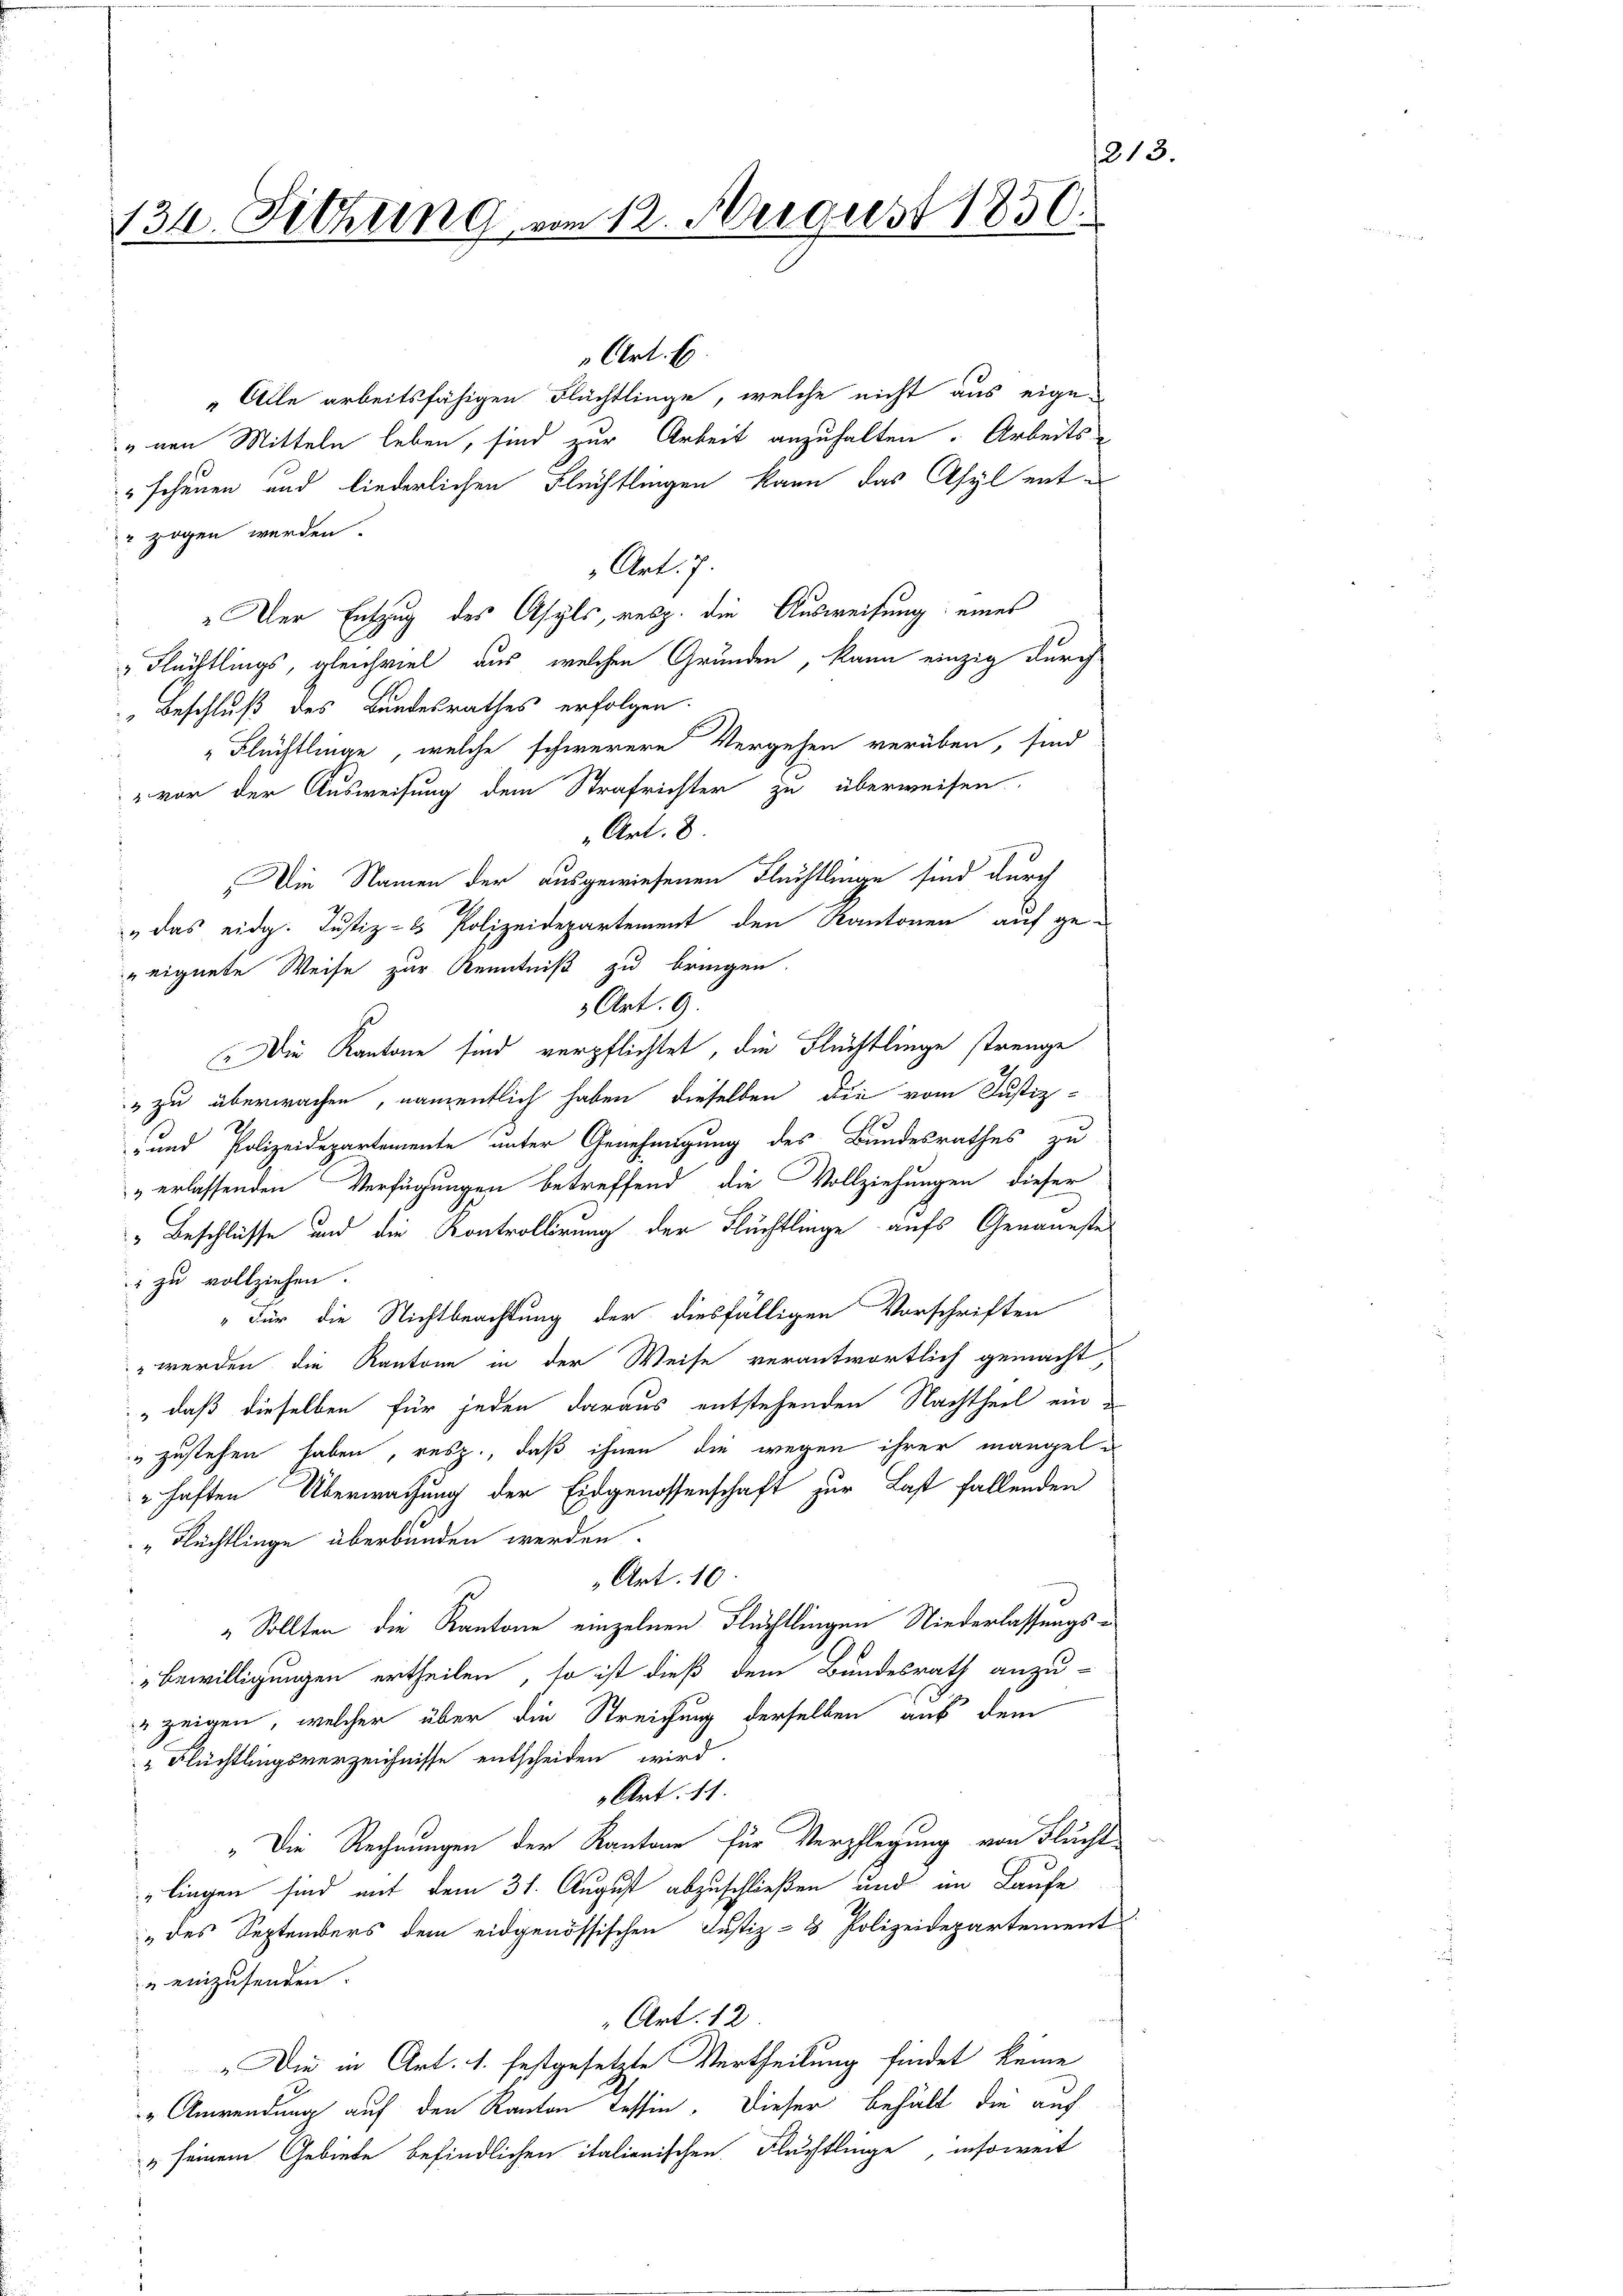
Art. 6.
„Alle arbeitsfähigen Flüchtlinge, welche nicht aus eigenen Mitteln leben, sind zur Arbeit anzuhalten. Arbeits
" scheuen und liederlichen Flüchtlingen kann das Asyl ent
r zogen werden.
Art. 7.
" Der Entzug des Asyls, resp. die Ausweisung eines
"Flüchtlings, gleichviel aus, welchen Grunden, kann einzig durch
 Beschluß des Bundesrathes erfolgen.
Flüchtlinge, welche schwerere Vergehen verüben, sind
" vor der Ausweisung dem Strafrichter zu überweisen.
Art. 8
Die Namen der ausgewiesenen Flächtlinge sind durch
„ das eidg. Justiz- & Polizeidepartement den Kantonen auf ge¬
1
Die Kantone sind verpflichtet, die Flüchtlinge strenge
" zu überwachen, namentlich haben dieselben die vom Justiz-
wegen
und Polizeidepartemente unter Genehmigung des Bundesrathes zu
„erlassenden Verfügungen betreffend die Vollziehungen dieser
 Beschlüsse und die Kontrollirung der Flüchtlinge aufs Genaueste
2 zu vollziehen.
„Für die Nichtbeachtung der diesfälligen Vorschriften
" werden die Kantone in der Weise verantwortlich gemacht,
" daß dieselben für jeden daraus entstehenden Nachtheil ein¬
" zustehen haben, resp., daß ihnen die wegen ihrer mangele
haften Überwachung der Eidgenossenschaft zur Last fallenden
"Flechtlinge überbunden werden.
Art. 10
„Sollten die Kantone einzelnen Flüchtlingen Niederlassungs¬
Bewilligungen ertheilen, so ist dieß dem Bundesrath anzu-
u zeigen, welcher über die Streichung derselben auf dem
" Flüchtlingsverzeichnisse entscheiden wird.
Art. 11.
"Die Rechnungen der Kantone für Verpflegung von Flucht
lingen sind mit dem 31. August abzuschließen und im Laufe
„des Septembers dem eidgenössischen Justiz- & Polizeidepartement
u einzusenden.
" Art. 12
"Die in Art. 1. festgesetzte Vertheilung findet keine
" Anwendung auf den Kanton Tessin. Dieser behält die auch
" seinem Gebiete befindlichen italienischen Fluchtlinge, insoweit

213
134. Sitzung vom 12. August 1850.

eeignete Weise zur Kenntniß zu bringen.

Art. 9.